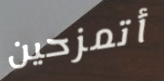
أتمزحين